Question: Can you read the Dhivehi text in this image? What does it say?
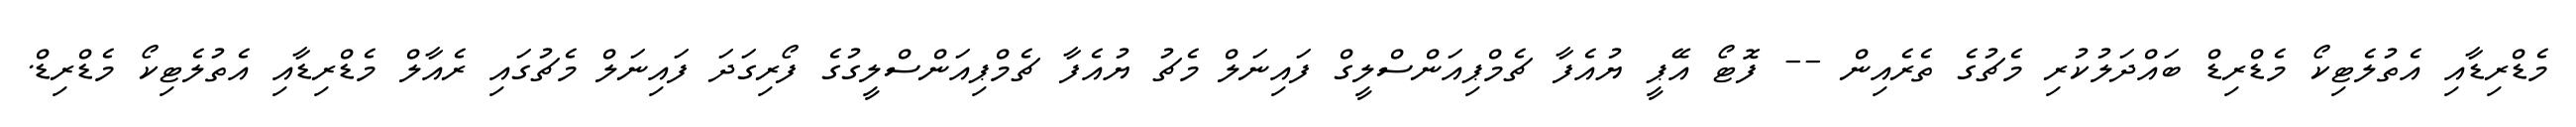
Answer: މެޑްރިޑާއި އެތުލެޓިކޯ މެޑްރިޑް ބައްދަލުކުރި މެޗުގެ ތެރެއިން -- ފޮޓޯ އޭޕީ ޔުއެފާ ޗެމްޕިއަންސްލީގް ފައިނަލް މެޗު ޔުއެފާ ޗެމްޕިއަންސްލީގުގެ ފޯރިގަދަ ފައިނަލް މެޗުގައި ރެއާލް މެޑްރިޑާއި އެތުލެޓިކޯ މެޑްރިޑް.